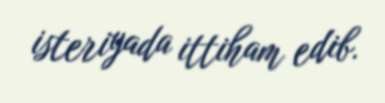
isteriyada ittiham edib.